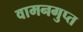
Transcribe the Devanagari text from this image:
वामनगुप्त